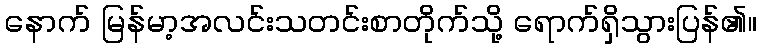
နောက် မြန်မာ့အလင်းသတင်းစာတိုက်သို့ ရောက်ရှိသွားပြန်၏။